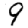
Digit: 9